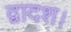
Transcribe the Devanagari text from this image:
द्वादश।